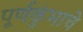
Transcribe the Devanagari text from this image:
पूर्णकुंभाचे